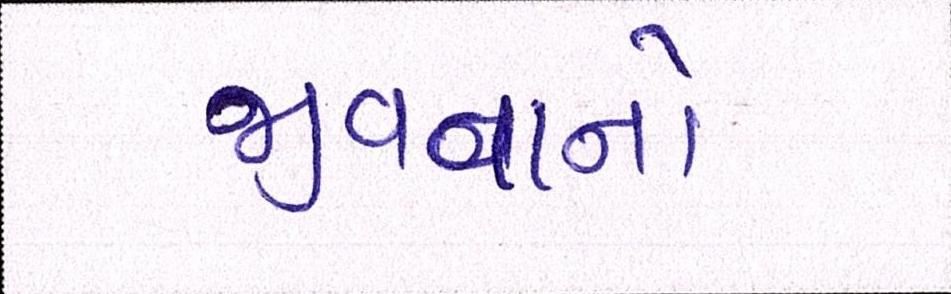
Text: જીવવાનો